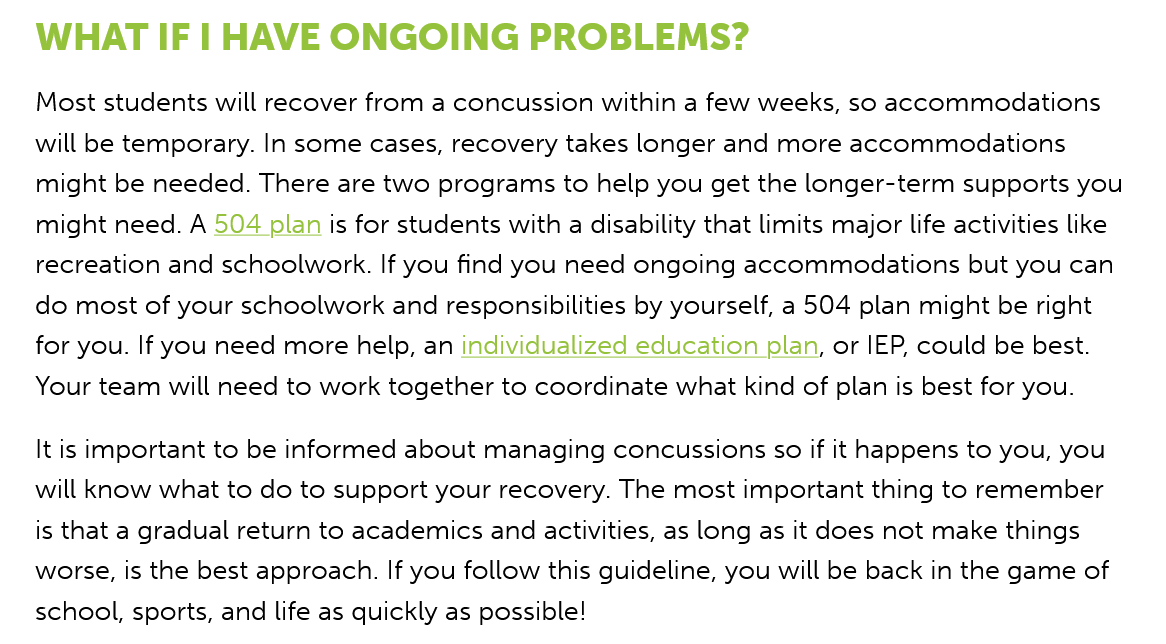
WHAT   IF   | HAVE    ONGOING    PROBLEMS?
   Most students will recover from a concussion within a few weeks, so accommodations
   will be temporary. In some cases, recovery takes longer and more accommodations
   might be needed. There are two programs to help you get the longer-term supports you
   might need. A 504 plan is for students with a disability that limits major life activities like
   recreation and schoolwork. If you find you need ongoing accommodations but you can
   do most of your schoolwork and responsibilities by yourself, a 504 plan might be right
   for you. If you need more help, an individualized education plan, or IEP, could be best.
   Your team will need to work together to coordinate what kind of plan is best for you.
   It is important to be informed about managing concussions so if it happens to you, you
   will know what to do to support your recovery. The most important thing to remember
   is that a gradual return to academics and activities, as long as it does not make things
   worse, is the best approach. If you follow this guideline, you will be back in the game of
   school, sports, and life as quickly as possible!